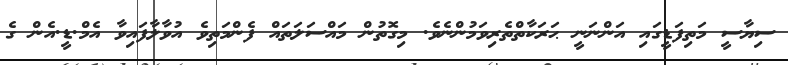
ސިޔާސީ މަތިފަޑީގައި އަންނަނީ ޙަރަކާތްތެރިވަމުންނެވެ. މިގޮތުން މައްސަލަތައް ފެންމަތިވެ އުވާލާފައިވާ އެމް.ޑީ.އެން ގެ